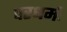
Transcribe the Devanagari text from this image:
परधर्मः